Lunatic asylums Bombay report 1891-1903 - 1891-1903
Year: 1891
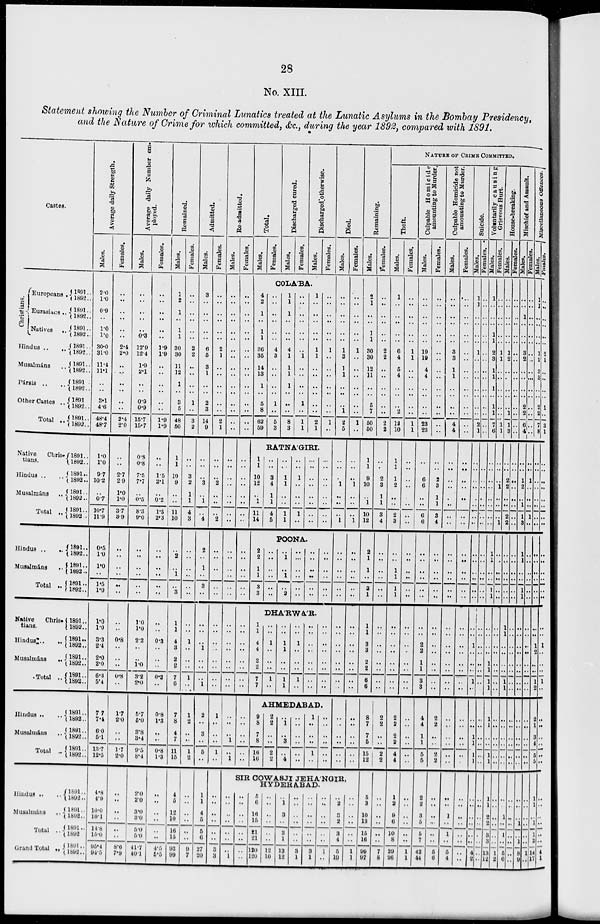
28
No. XIII.
Statement showing the Number of Criminal Lunatics treated at the Lunatic Asylums in the Bombay Presidency,
and the Nature of Crime for which committed, &c., during the year 1892, compared with 1891.
Castes.
Christians.
Europeans.
Eurasians..
Natives...
Hindus .. ..
Musalmáns ..
Pársis .. ..
Other Castes ..
Total ..
1891..
1892..
1891..
1892..
1891..
1892..
1891..
1892..
1891..
1892..
1891..
1892..
1891..
1892..
1891..
1892..
Native Chris-
tians.
Hindus .. ..
Musalmáns ..
Total ..
1891..
1892 ..
1891..
1892..
1891..
1892..
1891..
1892..
Hindus .. ..
Musalmáns .. ..
Total ..
1891..
1892..
1891..
1892..
1891..
1892..
Native Chris-
tians.
Hindus ..
..
Musalmáns ..
Total ..
1891..
1892..
1891..
1892..
1891..
1892..
1891 ..
1892 ..
Hindus .. ..
Musalmáns ..
Total ..
1891..
1892..
1891..
1892 ..
1891..
1892 ..
Hindus .. ..
Musalmáns ..
Total ..
Grand Total ..
1891 ..
1892 ..
1891 ..
1892 ..
1891 ..
1892 ..
1891 ..
1892 ..
Average daily Strength.
Males.
2.0
1.0
0.9
..
1.0
1.0
30.0
31.0
11.4
11.1
..
..
3.1
4.6
48.4
48.7
1.0
1.0
9.7
10.2
..
0.7
10.7
11.9
0.5
1.0
1.0
..
1.5
1.0
1.0
1.0
3.3
2.4
2.0
2.0
6.3
5.4
7.7
7.4
6.0
6.1
13.7
12.5
4.8
4.9
10.0
10.1
14.8
15.0
95.4
94.5
Females.
..
..
..
..
..
..
2.4
2.0
..
..
..
..
..
..
2.4
2.0
..
..
2.7
2.9
1.0
1.0
3.7
3.9
..
..
..
..
..
..
..
..
0.8
..
..
..
0.8
..
1.7
2.0
..
..
1.7
2.0
..
..
..
..
..
..
8.6
7.9
Average daily Number em-
ployed.
Males.
..
..
..
..
..
0.3
12.9
12.4
1.9
2.1
..
..
0.9
0.9
15.7
15.7
0.8
0.8
7.5
7.7
..
0.5
8.3
9.0
..
..
..
..
..
..
1.0
1.0
22
..
..
1.0
3.2
2.0
5.7
5.0
3.8
3.4
9.5
8.4
2.0
2.0
3.0
3.0
5.0
5.0
41.7
40.1
Females.
..
..
..
..
..
..
1.9
1.9
..
..
..
..
..
..
1.9
1.9
..
..
1.5
2.1
..
0.2
1.5
2.3
..
..
..
..
..
..
..
..
0.3
..
..
..
0.3
..
0.8
1.3
..
..
0.8
1.3
..
..
..
..
..
..
4.5
5.5
Remained.
Males.
1
2
1
..
1
1
30
30
11
12
1
..
3
5
48
50
1
1
10
9
..
..
11
10
..
2
..
1
..
3
1
1
4
3
2
2
7
6
7
8
4
7
11
15
4
5
12
10
16
15
93
99
Females.
..
..
..
..
..
..
2
2
..
..
..
..
1
..
3
2
..
..
3
2
1
1
4
3
..
..
..
..
..
..
..
..
1
..
..
..
1
..
1
2
..
..
1
..
..
..
..
..
..
..
9
7
Admitted.
Males.
3
..
..
..
..
..
6
5
3
1
..
..
..
3
14
9
..
..
..
3
..
1
..
4
2
..
1
..
3
..
..
..
..
1
..
..
..
1
2
..
3
..
5
..
1
1
4
5
5
6
27
20
Females.
..
..
..
..
..
..
2
1
..
..
..
..
..
..
2
1
..
..
..
2
..
..
..
2
..
..
..
..
..
..
..
..
..
..
..
..
..
..
1
..
..
..
1
..
..
..
..
..
..
..
3
3
Re-admitted.
Males.
..
..
..
..
..
..
..
..
..
..
..
..
..
..
..
..
..
..
..
..
..
..
..
..
..
..
..
..
..
..
..
..
..
..
..
..
..
..
..
..
..
1
..
1
Females.
..
..
..
..
..
..
..
..
..
..
..
..
..
..
..
..
..
..
..
..
..
..
..
..
..
..
..
..
..
..
..
..
..
..
..
..
..
..
..
..
..
..
..
..
Total.
Males.
Females.
Discharged cured.
Males.
Females.
Discharged otherwise.
Males.
Females.
COLA'BA.
4
2
1
..
1
1
36
35
14
13
1
..
5
8
62
59
..
..
..
..
..
..
4
3
..
..
..
..
1
..
5
3
1
1
1
..
..
..
4
1
1
1
1
..
..
..
8
3
..
..
..
..
..
..
..
1
..
..
..
..
1
..
1
1
1
..
..
..
..
..
1
1
..
..
..
..
..
..
2
1
..
..
..
..
..
..
1
..
..
..
..
..
..
..
1
..
RATNA'GIRI.
1
1
10
12
..
1
11
14
..
..
3
4
1
1
4
5
..
..
1
1
..
..
1
1
..
..
1
..
..
..
1
..
..
..
..
..
..
..
..
..
..
..
..
..
..
..
..
..
POONA.
2
2
1
1
3
3
..
..
..
..
..
..
..
1
..
1
..
2
..
..
..
..
..
..
..
..
..
..
..
..
..
..
..
..
..
..
DHA'RWA'R.
1
1
4
4
2
2
7
7
..
..
1
..
..
..
1
..
..
..
1
1
..
..
1
1
..
..
1
..
..
..
1
..
..
..
..
..
..
..
..
..
..
..
..
..
..
..
..
..
AHMEDABAD.
9
8
7
8
16
16
2
2
..
..
2
2
..
1
..
3
..
4
..
..
..
..
..
..
1
..
..
..
1
..
..
..
..
..
..
..
Died.
Males.
..
..
..
..
..
..
1
3
1
1
..
..
..
1
2
5
..
..
..
1
..
..
..
1
..
..
..
..
..
..
..
..
..
..
..
..
..
..
..
..
..
..
..
..
Females.
..
..
..
..
..
..
1
..
..
..
..
..
..
..
1
..
..
..
..
1
..
..
..
1
..
..
..
..
..
..
..
..
..
..
..
..
..
..
..
..
..
..
..
..
SIR COWASJI JEHA'NGIR,
HYDERABAD.
..
..
..
..
..
..
..
1
..
..
..
..
..
..
..
..
5
6
16
15
21
21
120
120
..
..
..
..
..
..
12
10
..
1
3
..
3
1
13
12
..
..
..
..
..
..
3
1
..
..
..
..
..
..
3
1
..
..
..
..
..
..
1
..
..
2
3
2
3
4
5
10
..
..
..
..
..
..
1
1
Remaining.
Males.
2
1
..
..
1
1
30
30
12
11
..
..
5
7
50
50
1
1
9
10
..
1
10
12
2
1
1
..
3
1
1
1
3
3
2
2
6
6
8
7
7
6
15
12
5
3
10
13
15
16
99
97
Females.
..
..
..
..
..
..
2
2
..
..
..
..
..
..
2
2
..
..
2
3
1
1
3
4
..
..
..
..
..
..
..
..
..
..
..
..
..
..
2
2
..
..
2
2
..
..
..
..
..
..
7
8
NATURE OF CRIME COMMITED.
Theft.
Males.
1
..
..
..
..
..
6
4
5
4
..
..
..
2
12
10
1
1
1
2
..
..
2
3
..
..
1
1
1
1
..
..
..
..
..
..
..
..
2
2
2
2
4
4
1
2
9
6
10
8
29
26
Females.
..
..
..
..
..
..
1
1
..
..
..
..
..
..
1
1
..
..
..
..
..
..
..
..
..
..
..
..
..
..
..
..
..
..
..
..
..
..
..
..
..
..
..
..
..
..
..
..
..
..
1
1
Culpable Homicide
amounting to Murder.
Males.
..
..
..
..
..
..
19
19
4
4
..
..
..
..
23
23
..
..
6
6
..
..
6
6
..
..
..
..
..
..
..
..
2
2
1
1
3
3
4
4
1
1
5
5
2
2
3
5
5
7
42
44
Females.
..
..
..
..
..
..
..
..
..
..
..
..
..
..
..
..
..
..
2
3
1
1
3
4
..
..
..
..
..
..
..
..
..
..
..
..
..
..
2
2
..
..
2
2
..
..
..
..
..
..
5
6
Culpable Homicide not
amounting to Murder.
Males.
..
..
..
..
..
..
3
3
1
1
..
..
..
..
4
4
..
..
..
..
..
..
..
..
..
..
..
..
..
..
..
..
..
..
..
..
..
..
..
..
..
..
..
..
..
..
1
..
1
..
5
4
Females.
..
..
..
..
..
..
..
..
..
..
..
..
..
..
..
..
..
..
..
..
..
..
..
..
..
..
..
..
..
..
..
..
..
..
..
..
..
..
..
..
..
..
..
..
..
..
..
..
..
..
..
..
Suicide.
Males.
1
1
..
..
..
..
1
..
..
..
..
..
..
..
2
1
..
..
..
..
..
..
..
..
..
..
..
..
..
..
..
..
1
..
..
..
1
..
..
..
1
1
1
1
..
..
..
..
..
..
4
2
Females.
..
..
..
..
..
..
..
..
..
..
..
..
..
..
..
..
..
..
..
..
..
..
..
..
..
..
..
..
..
..
..
..
..
..
..
..
..
..
..
..
..
..
..
..
..
..
..
..
..
..
..
..
Voluntarily causing
Grievous Hurt.
Males.
1
..
..
..
1
1
2
3
1
1
1
..
1
1
7
6
..
..
..
..
..
..
..
..
1
1
..
..
1
1
..
..
..
..
1
1
1
1
..
..
..
..
1
1
1
1
2
2
3
3
13
12
Females.
..
..
..
..
..
..
1
1
..
..
..
..
..
..
1
1
..
..
..
1
..
..
..
1
..
..
..
..
..
..
..
..
..
..
..
..
..
..
..
..
..
..
..
..
..
..
..
..
..
..
1
2
House-breaking.
Males.
..
..
..
..
..
..
1
2
..
..
..
..
..
1
1
3
..
..
2
2
..
..
2
2
..
..
..
..
..
..
..
..
..
..
..
..
1
1
..
..
..
..
..
..
..
..
1
..
1
..
5
6
Females.
..
..
..
..
..
..
..
..
..
..
..
..
..
..
..
..
..
..
..
..
..
..
..
..
..
..
..
..
..
..
..
..
..
..
..
..
..
..
..
..
..
..
..
..
..
..
..
..
..
..
..
..
Mischief and Assault.
Males.
..
..
1
..
..
..
3
2
..
..
..
..
2
2
6
4
..
..
1
2
..
1
1
3
..
1
..
..
..
..
..
..
..
..
..
..
..
..
..
..
..
..
..
..
..
..
..
1
..
1
8
9
Females.
..
..
..
..
..
..
..
..
..
..
..
..
..
..
..
..
..
..
1
..
..
..
1
..
..
..
..
..
..
..
..
..
..
..
..
..
..
..
..
..
..
..
..
..
..
..
..
..
..
..
1
..
Miscellaneous Offences.
Males.
1
1
..
..
..
..
1
2
3
3
..
..
2
2
7
8
..
..
..
..
..
..
..
..
..
..
..
..
..
..
..
..
1
..
..
..
1
2
..
..
3
4
5
5
1
1
..
1
..
2
14
17
Females.
..
..
..
..
..
..
2
1
..
..
..
..
1
..
3
1
..
..
..
..
..
..
..
..
..
..
..
..
..
..
..
..
1
..
..
..
1
..
..
..
..
..
..
..
..
..
..
..
..
..
4
1